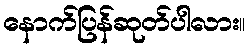
နောက်ပြန်ဆုတ်ပါလား။